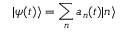
| \psi ( t ) \rangle = \sum _ { n } a _ { n } ( t ) | n \rangle